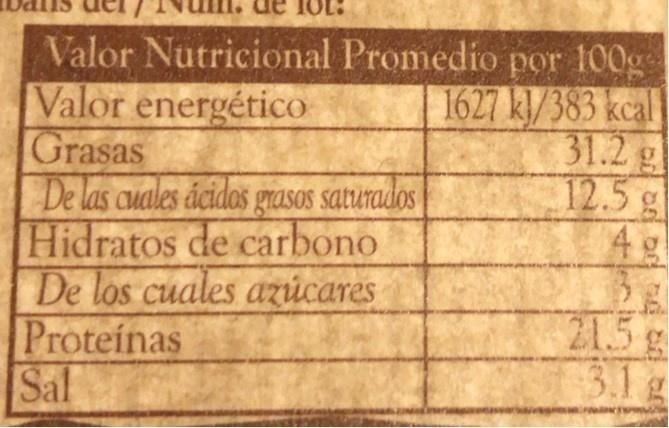
Valor Nutricional Promedio por 100g Valor energético Grasas De las cuales ácidos grasos saturados Hidratos de carbono De los cuales azúcares Proteinas Sal
1627 kl/383 kcal 31.2 g 12.5 g 4 g
21.5 3.1